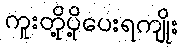
ကူးတို့ပို့ပေးရကျိုး